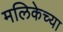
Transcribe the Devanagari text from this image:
मलिकेच्या